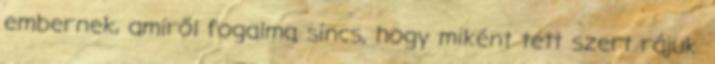
embernek, amiről fogalma sincs, hogy miként tett szert rájuk.